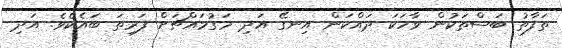
ތަފާތު ބަސްތަކުން ވާހަކަ ދައްކަން އިނގޭ އަދި މަގުމައްޗަށް ފަރިތަ ބައެކެވެ. އަދި